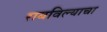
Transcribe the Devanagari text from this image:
राबविल्याचा